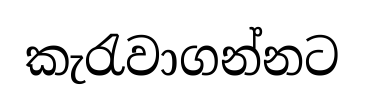
කැරැවාගන්නට